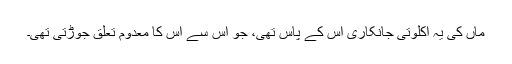
ماں کی یہ اکلوتی جانکاری اس کے پاس تھی، جو اس سے اس کا معدوم تعلق جوڑتی تھی۔